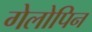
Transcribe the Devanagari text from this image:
गेलोपिन